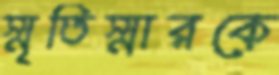
স্মৃতিস্মারকে